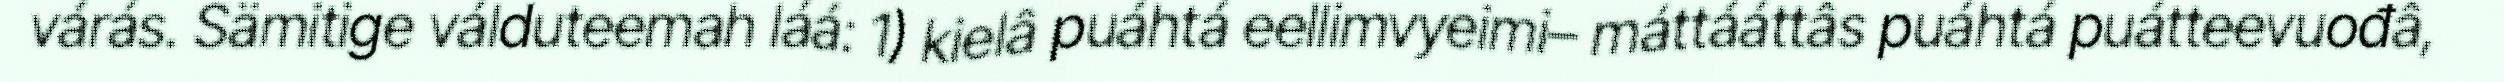
várás. Sämitige válduteemah láá: 1) kielâ puáhtá eellimvyeimi– máttááttâs puáhtá puátteevuođâ,